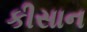
કીસાન